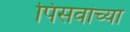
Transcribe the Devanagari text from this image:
पिसवांच्या